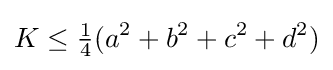
K\leq {\tfrac {1}{4}}(a^{2}+b^{2}+c^{2}+d^{2})